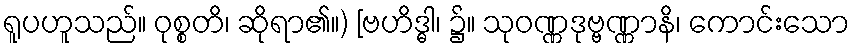
ရူပဟူသည်။ ဝုစ္စတိ၊ ဆိုရာ၏။) [ဗဟိဒ္ဓါ၊ ၌။ သုဝဏ္ဏဒုဗ္ဗဏ္ဏာနိ၊ ကောင်းသော